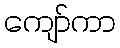
ကျော်ကာ